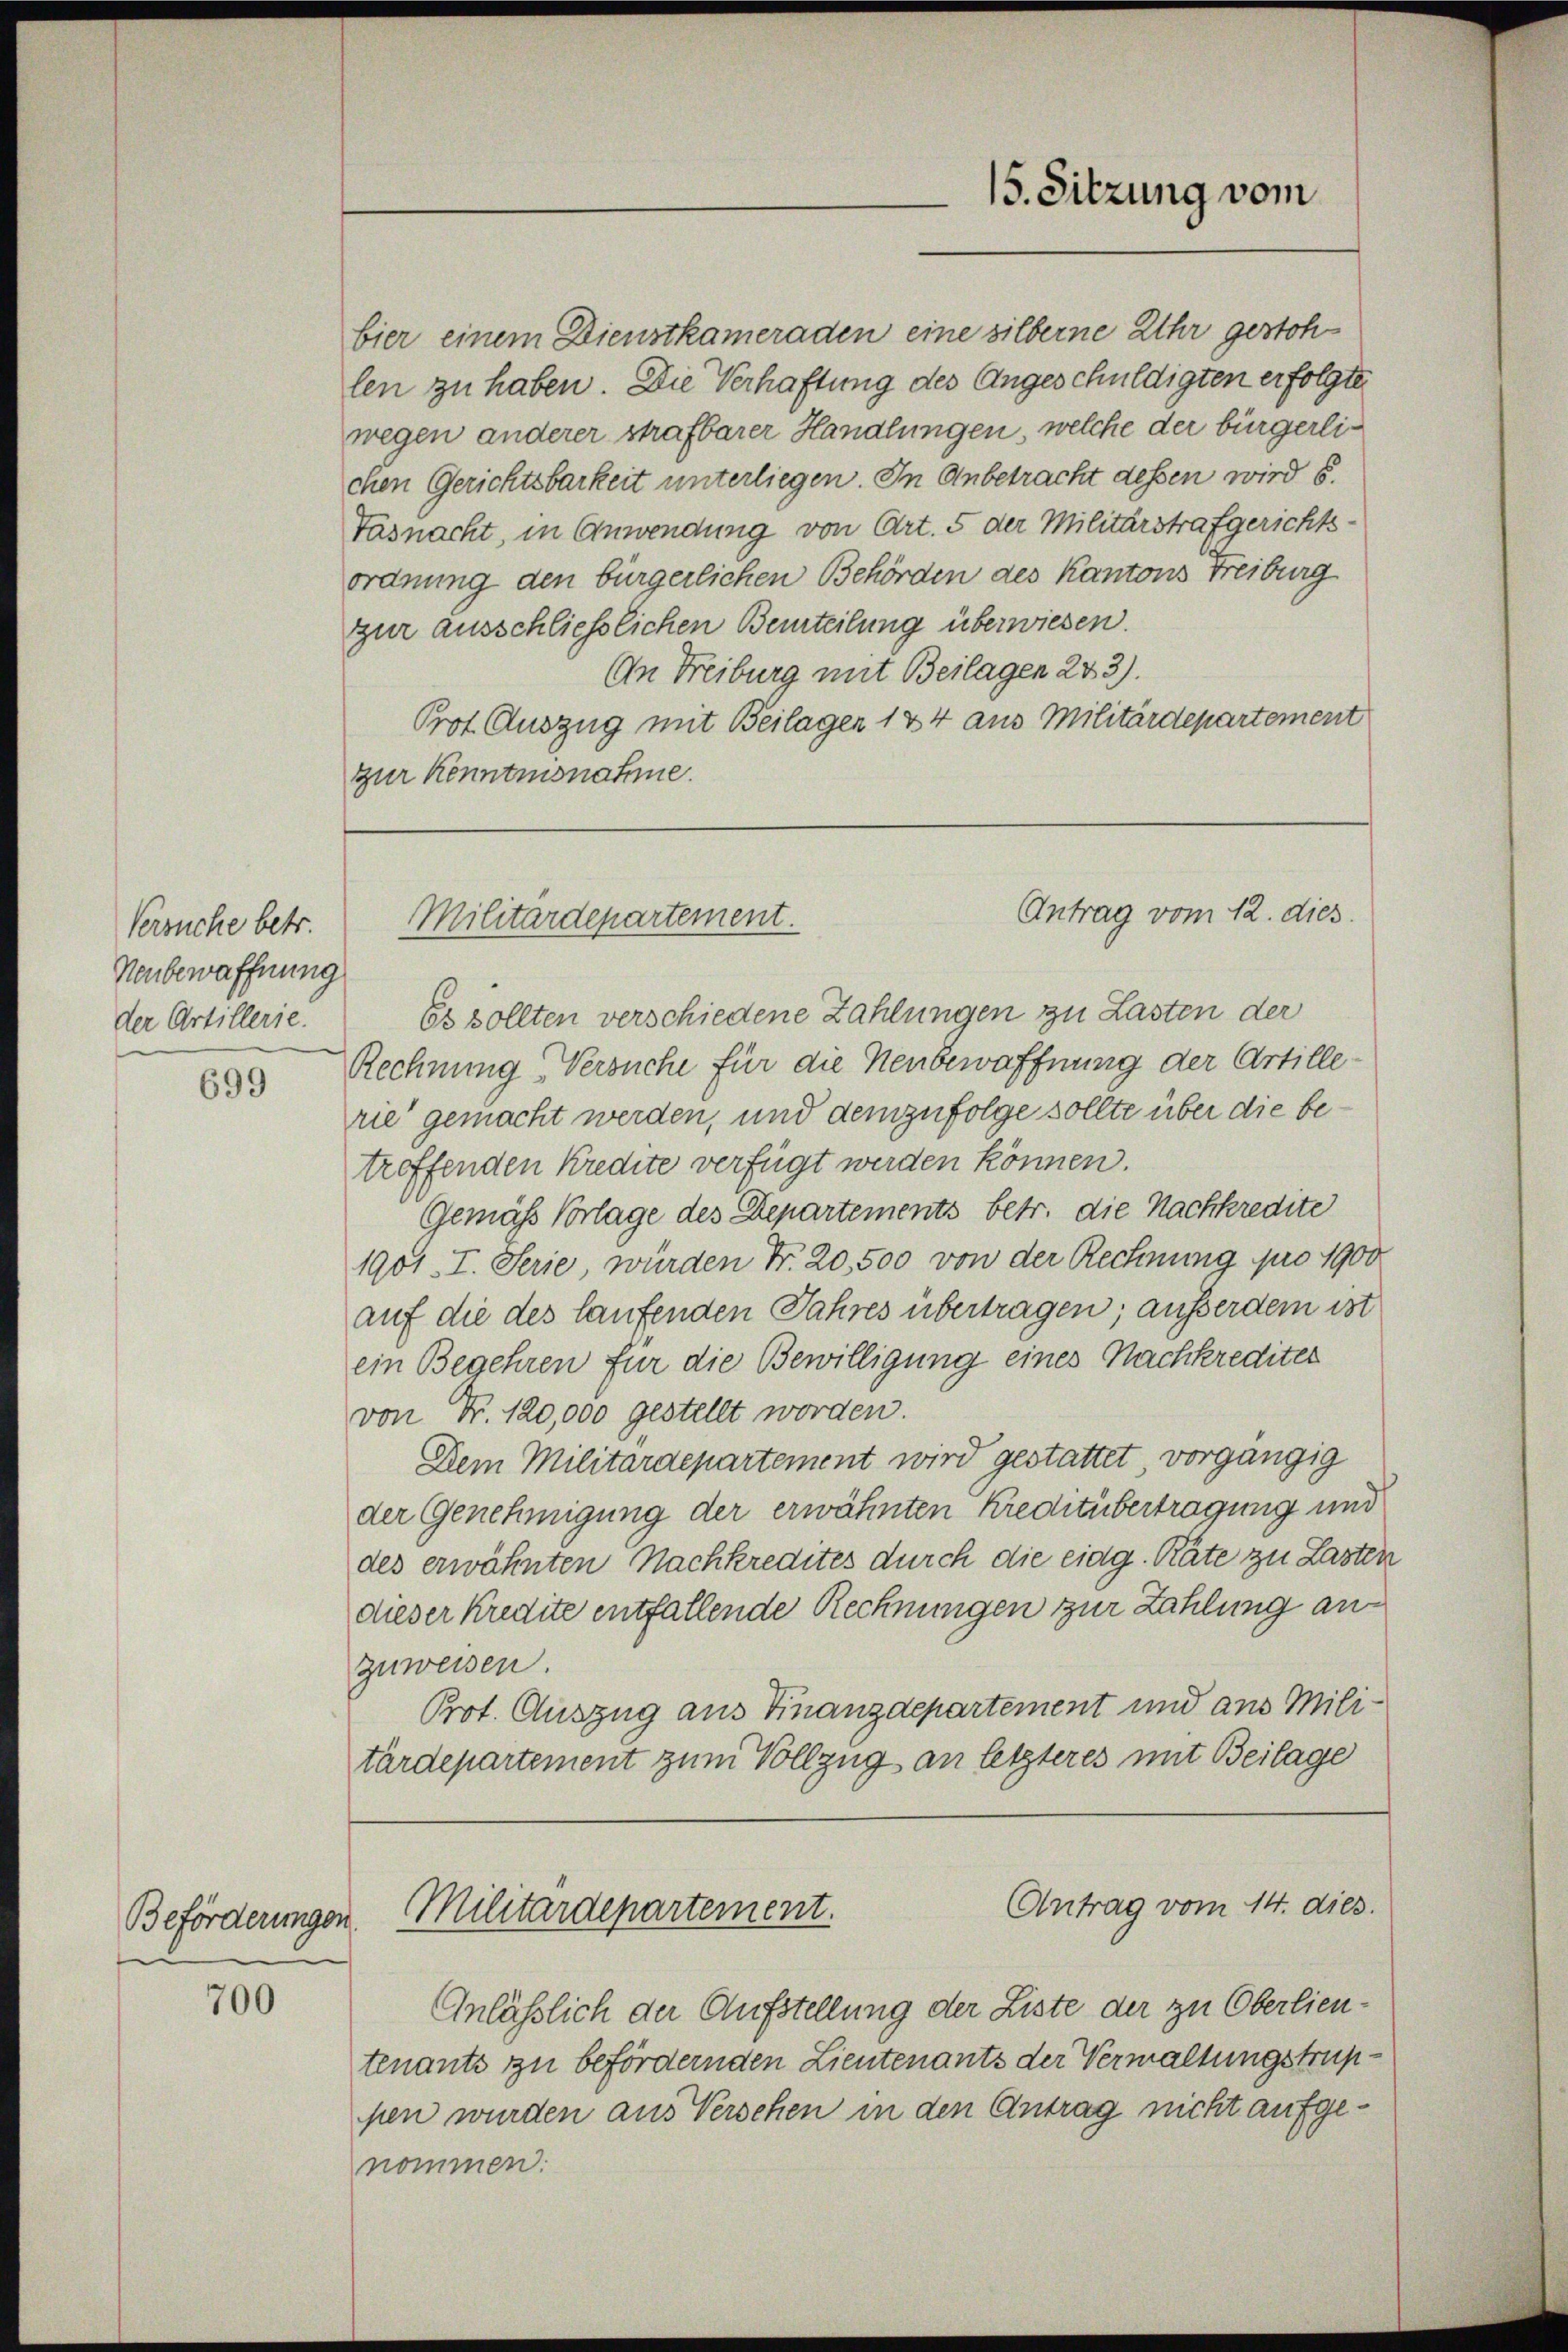
Versuche betr.
Neubewaffnung
der Artillerie.

699

Beförderungen

700

Tasnacht, in Anwendung von Art. 5 der Militärstrafgerichts-
ordnung den bürgerlichen Behörden des Kantons Freiburg
zur ausschließlichen Beurteilung überwiesen.
An Freiburg mit Beilagen 243).
Prot. Auszug mit Beilagen 144 aus Militärdepartement
zur Kenntnisnahme.

Es sollten verschiedene Zahlungen zu Lasten der
Rechnung Versuche für die Neubewaffnung der Artillerie gemacht werden, und demzufolge sollte über die betroffenden Kredite verfügt werden können.
Gemäß Vorlage des Departements betr. die Nachkredite
1901. I. Serie, wurden Fr. 20,500 von der Rechnung pro 1900
auf die des laufenden Jahres übertragen; ausserdem ist
ein Begehren für die Bewilligung eines Nachkredites
von Fr. 120,000 gestellt worden.
Dem Militärdepartement wird gestattet vorgängig
der Genehmigung der erwähnten Kreditübertragung und
des erwähnten Nachkredites durch die eidg. Räte zu Lasten
dieser Kredite entfallende Rechnungen zur Zahlung anzuweisen.
Prot. Auszug aus Finanzdepartement und aus Militärdepartement zum Vollzug an letzteres mit Beilage

bier einem Dienstkameraden eine silberne Uhr gestohlen zu haben. Die Verhaftung des Angeschuldigten erfolgte
wegen anderer strafbarer Handlungen, welche der bürgerlichen Gerichtsbarkeit unterliegen. In Anbetracht dessen wird 6.

15. Sitzung vom

Antrag vom 12. dies
Militärdepartement.

Antrag vom 14. dies.
Militärdepartement.

Anlässlich der Aufstellung der Liste der zu Oberlieutenants zu befördernden Lieutenants der Verwaltungstruppen wurden aus Versehen in den Antrag nicht aufgenommen: